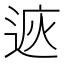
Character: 𨓩